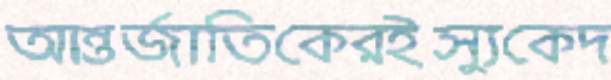
আন্তর্জাতিকেরইস্যুকেদ